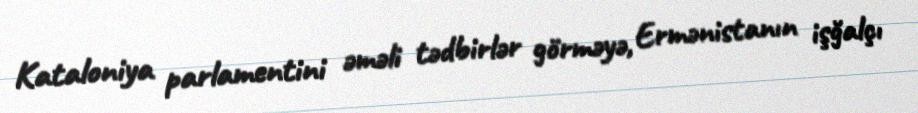
Kataloniya parlamentini əməli tədbirlər görməyə, Ermənistanın işğalçı